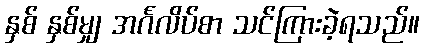
နှစ် နှစ်မျှ အင်္ဂလိပ်စာ သင်ကြားခဲ့ရသည်။